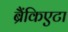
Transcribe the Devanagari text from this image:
ब्रैंकिएटा